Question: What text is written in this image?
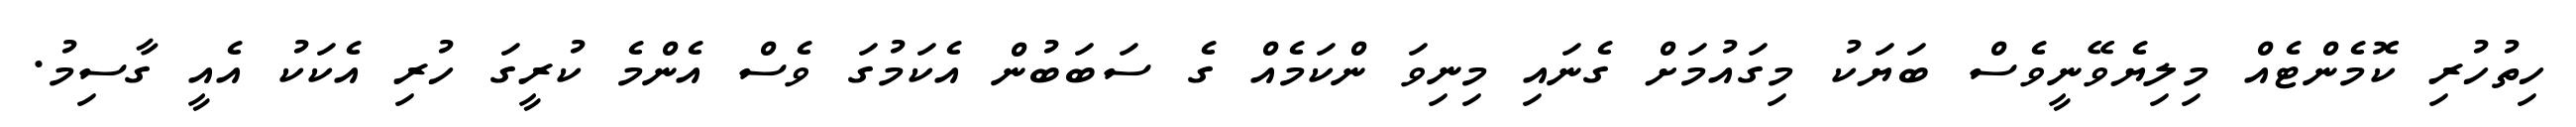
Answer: ހިތުހުރި ކޮމެންޓެއް މިލިޔެވޭނީވެސް ބަޔަކު މިގައުމަށް ގެނައި މިނިވަ ންކަމެއް ގެ ސަބަބުން އެކަމުގަ ވެސް އެންމެ ކުރީގަ ހުރި އެކަކު އެއީ ގާސިމު.